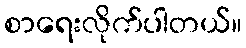
စာရေးလိုက်ပါတယ်။